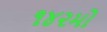
૧૪૨મો